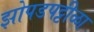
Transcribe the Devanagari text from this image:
झोपडपट्टीळा